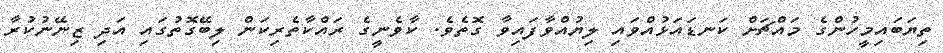
ތިޔަބައިމީހުންގެ މައްޗަށް ކަނޑައަޅުއްވައި ލިޔުއްވާފައިވާ ގޮތެވެ. ކާވެނީގެ ރައްކާތެރިކަން ލިބޭގޮތުގައި އަދި ޒިނޭނުކުރާ